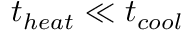
t _ { h e a t } \ll t _ { c o o l }